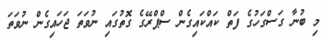
މި ބުނާ ގަސްގަހުގެ ފަތް ކައްކައިގެން ސްޕްރޭގެ ގޮތުގައި ނުވަތަ ޖަހައިގެން ނުވަތަ